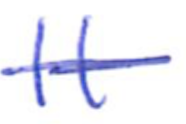
Text: It
Cross-out: single-line
Writing tool: ballpoint